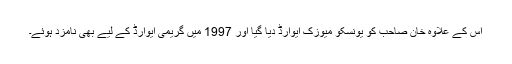
اس کے علاوہ خان صاحب کو یونسکو میوزک ایوارڈ دیا گیا اور 1997 میں گریمی ایوارڈ کے لیے بھی نامزد ہوئے۔